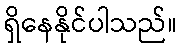
ရှိနေနိုင်ပါသည်။